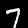
Label: 7